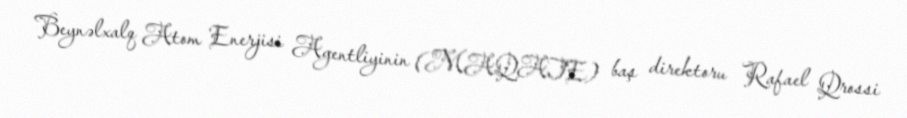
Beynəlxalq Atom Enerjisi Agentliyinin (MAQATE) baş direktoru Rafael Qrossi